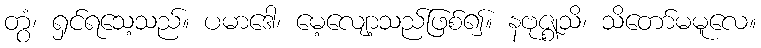
တွံ၊ ရှင်ရသေ့သည်။ ပမာဒေါ၊ မေ့လျော့သည်ဖြစ်၍။ နဗုဇ္ဈသိ၊ သိတော်မမူလေ။